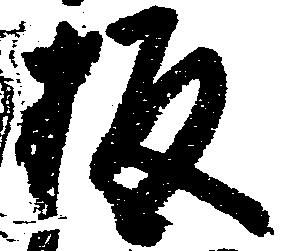
板